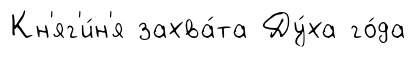
Кн'яг'и́н'я захва́та Ду́ха го́да